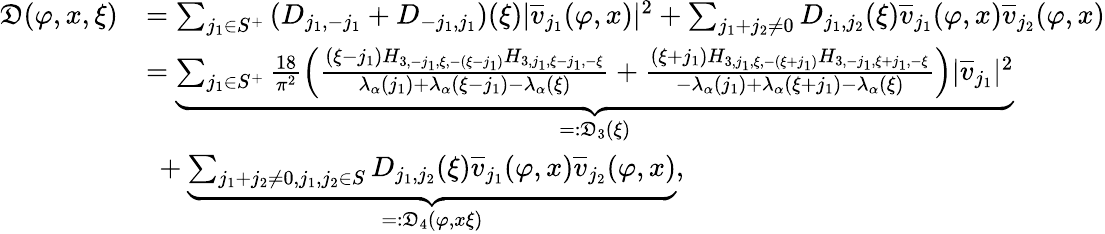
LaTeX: \begin{array}{rl}{\mathfrak{D}(\varphi,x,\xi)}&{=\sum_{j_{1}\in S^{+}}\left(D_{j_{1},-j_{1}}+D_{-j_{1},j_{1}}\right)(\xi)|\overline{{v}}_{j_{1}}(\varphi,x)|^{2}+\sum_{j_{1}+j_{2}\ne 0}D_{j_{1},j_{2}}(\xi)\overline{{v}}_{j_{1}}(\varphi,x)\overline{{v}}_{j_{2}}(\varphi,x)}\\ &{=\underbrace{\sum_{j_{1}\in S^{+}}\frac{18}{\pi^{2}}\left(\frac{(\xi-j_{1})H_{3,-j_{1},\xi,-(\xi-j_{1})}H_{3,j_{1},\xi-j_{1},-\xi}}{\lambda_{\alpha}(j_{1})+\lambda_{\alpha}(\xi-j_{1})-\lambda_{\alpha}(\xi)}+\frac{(\xi+j_{1})H_{3,j_{1},\xi,-(\xi+j_{1})}H_{3,-j_{1},\xi+j_{1},-\xi}}{-\lambda_{\alpha}(j_{1})+\lambda_{\alpha}(\xi+j_{1})-\lambda_{\alpha}(\xi)}\right)|\overline{{v}}_{j_{1}}|^{2}}_{=:\mathfrak{D}_{3}(\xi)}}\\ &{\ +\underbrace{\sum_{j_{1}+j_{2}\ne 0,j_{1},j_{2}\in S}D_{j_{1},j_{2}}(\xi)\overline{{v}}_{j_{1}}(\varphi,x)\overline{{v}}_{j_{2}}(\varphi,x)}_{=:\mathfrak{D}_{4}(\varphi,x\xi)},}\end{array}